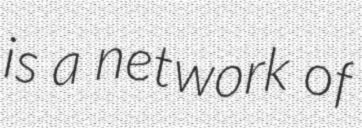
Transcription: is a network of